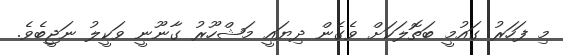
މި ފަހަރު ގައުމީ ބަތޮލަކަށް ވެގެން ދިޔައީ މަޝްހޫރު ގާނޫނީ ވަކީލު ނަޖީބެވެ.